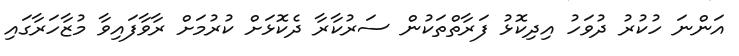
އަންނަ ހުކުރު ދުވަހު އިދިކޮޅު ފަރާތްތަކުން ސަރުކާރާ ދެކޮޅަށް ކުރުމަށް ރާވާފައިވާ މުޒާހަރާގައި